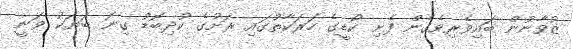
ޒުވާނުން ބައިވެރިވެގެން ފެށި ކޯޑީގެ ހަރަކާތުގައި ރަށުގެ ކުދިބޮޑު ގިނަ ބަޔަކު ވަނީ